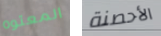
المعتوه الأحصنة